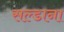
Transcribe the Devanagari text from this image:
सल्डाना